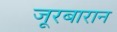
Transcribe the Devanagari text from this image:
जूरबारान